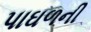
પાઘળની